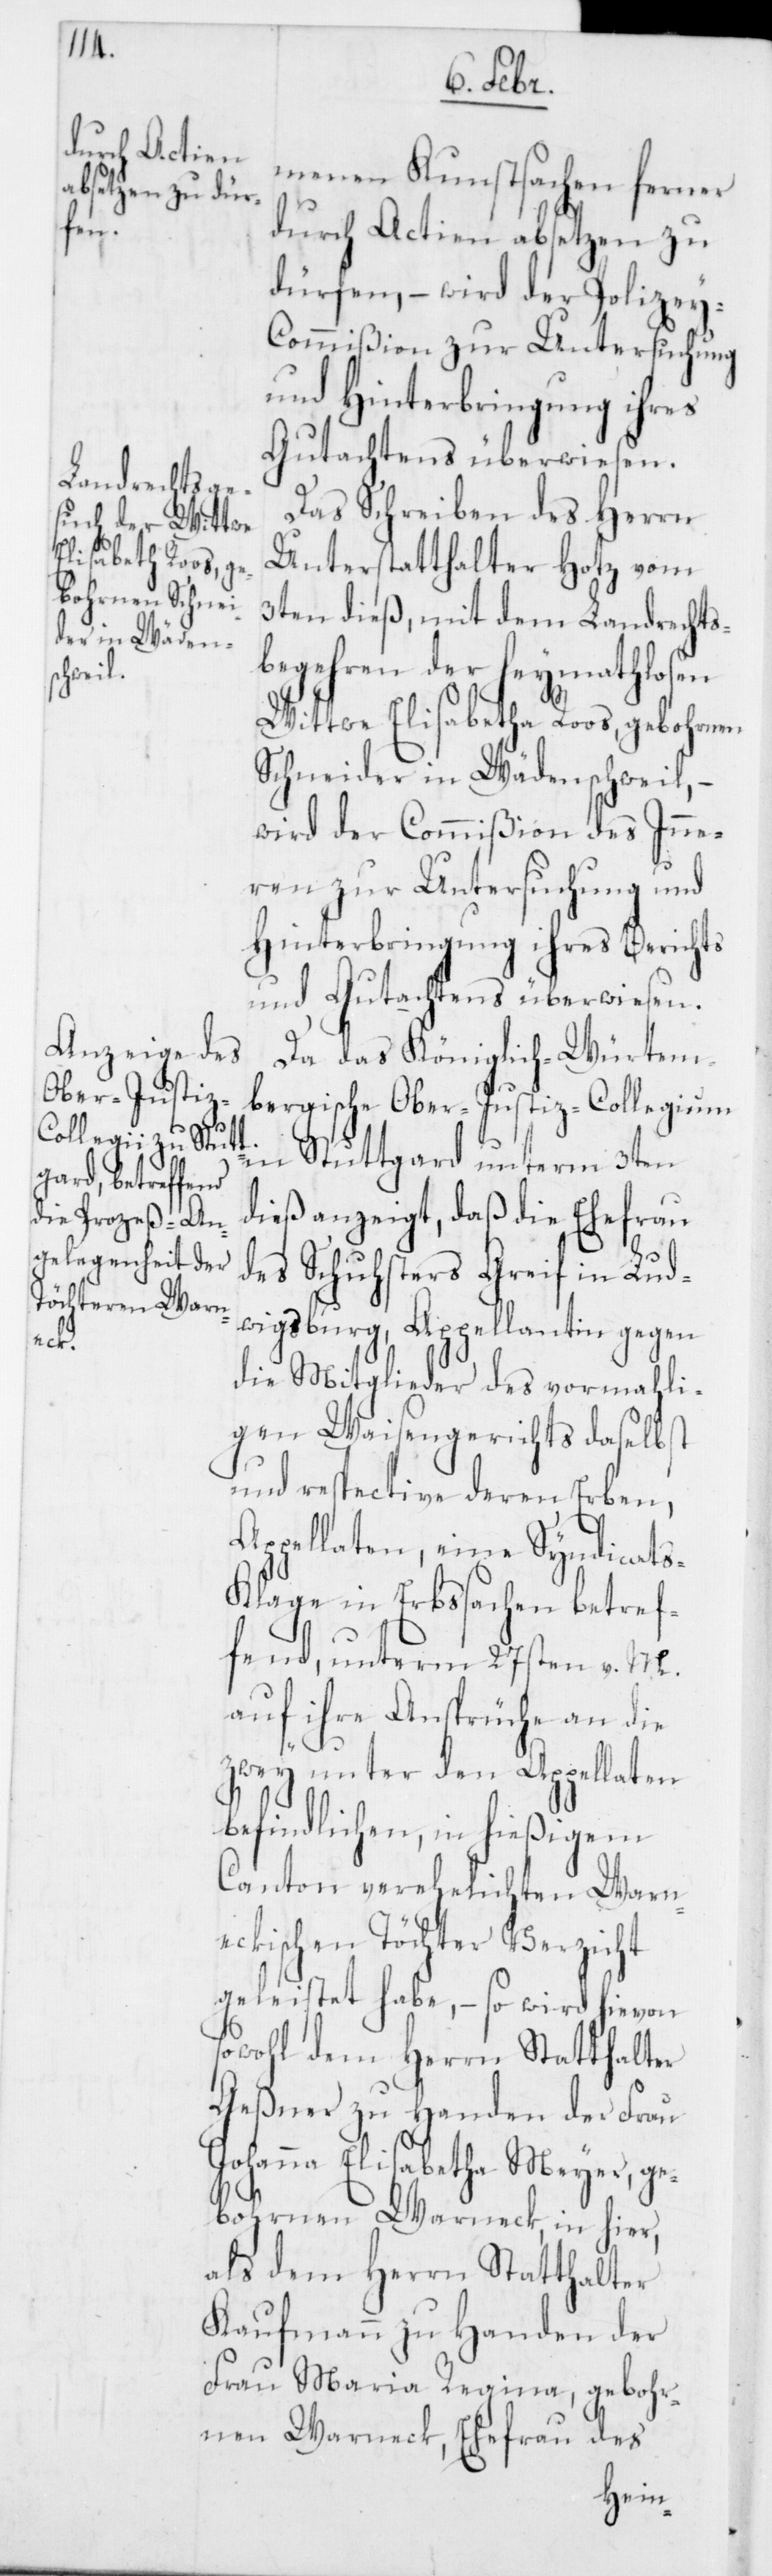
menen Kunstsachen ferner
durch Actien absetzen zu
dürfen, – wird der Polizey-C¬
ommißion zur Untersuchung
und Hinterbringung ihres
Gutachtens überwiesen.
Das Schreiben des Herrn
Unterstatthalter Hotz vom
3ten dieß, mit dem Landrechts¬
begehren der heymathlosen
Schneider in Wädenschweil, –
wird der Commißion des Inne¬
ren zur Untersuchung und
Hinterbringung ihres Berichts
und Gutachtens überwiesen.
Da das Königlich-Würtem¬
bergische Ober-Justiz-Collegium
in Stuttgard unterm 3ten
dieß anzeigt, daß die Ehefrau
des Schuhsters Greif in Lud¬
wigsburg, Appellantin gegen
die Mitglieder des vormahli¬
gen Waisengerichts daselbst
und respective deren Erben,
Appellaten, eine Syndicat¬
s-Klage in Erbsachen betref¬
fend, unterm 27sten v. M.
auf ihre Ansprüche an die
zwey unter den Appellaten
befindlichen, in hießigem
Canton verehelichten Warn¬
eckischen Töchter Verzicht
geleistet habe, – so wird hievon
sowohl dem Herrn Statthalter
Geßner zu Handen der Frau
Johanna Elisabetha Meyer, ge¬
bohrnen Warneck, in hier,
als dem Herrn Statthalter
Kaufmann zu Handen der
Frau Maria Regina, gebohr¬
nen Warneck, Ehefrau des